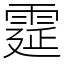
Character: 𩃀